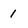
Character: 1